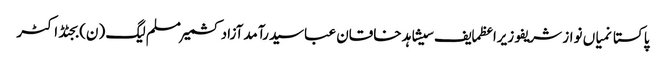
پاکستانمیاں نواز شریفوزیراعظمایف سیشاہد خاقان عباسیدرآمدآزاد کشمیرمسلم لیگ (ن)بجٹڈاکٹر